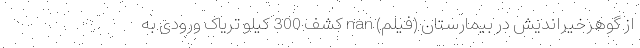
از گوهرخیراندیش در بیمارستان (فیلم) nan کشف 300 کیلو تریاک ورودی به